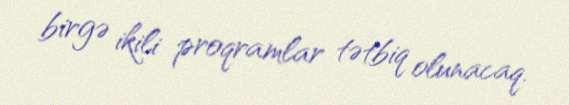
birgə ikili proqramlar tətbiq olunacaq.